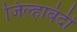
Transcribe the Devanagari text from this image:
जिल्हाबंदी